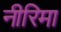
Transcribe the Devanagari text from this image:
नीरिमा